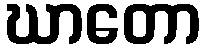
ဃာတော